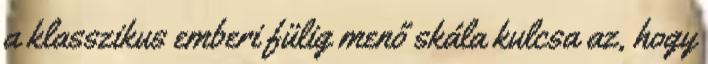
a klasszikus emberi fülig menő skála kulcsa az, hogy